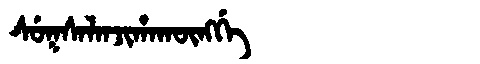
Manchu: ᠰᡠᡴᠰᠠᠯᠠᠨᠵᡳᡥᠠᡴᡡᠩᡤᡝ
Romanization: SUKSALANJIHAKŪNGGE